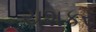
યશકર